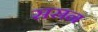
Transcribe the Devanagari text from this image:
ससन